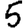
Digit: 5